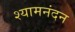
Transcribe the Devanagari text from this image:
श्यामनंदन